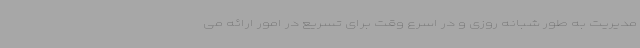
مدیریت به طور شبانه روزی و در اسرع وقت برای تسریع در امور ارائه می